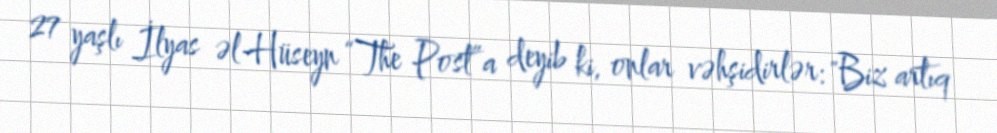
27 yaşlı İlyas əl-Hüseyn “The Post”a deyib ki, onlar vəhşidirlər: "Biz artıq